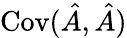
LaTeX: \operatorname{Cov}(\hat{A},\hat{A})